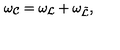
\omega _ { \cal C } = \omega _ { \cal L } + \omega _ { \tilde { \cal L } } ,